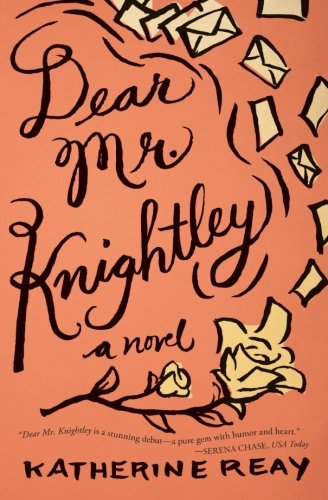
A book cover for Dear Mr. Knightley: A Novel; Katherine Reay; Romance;